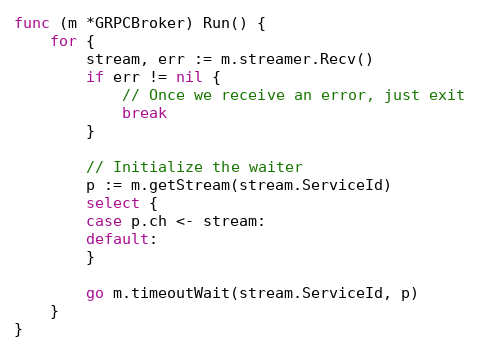
Language: Go
func (m *GRPCBroker) Run() {
	for {
		stream, err := m.streamer.Recv()
		if err != nil {
			// Once we receive an error, just exit
			break
		}

		// Initialize the waiter
		p := m.getStream(stream.ServiceId)
		select {
		case p.ch <- stream:
		default:
		}

		go m.timeoutWait(stream.ServiceId, p)
	}
}